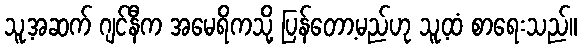
သူ့အဆက် ဂျင်နီက အမေရိကသို့ ပြန်တော့မည်ဟု သူ့ထံ စာရေးသည်။